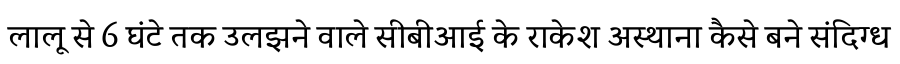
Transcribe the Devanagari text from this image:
लालू से 6 घंटे तक उलझने वाले सीबीआई के राकेश अस्थाना कैसे बने संदिग्ध